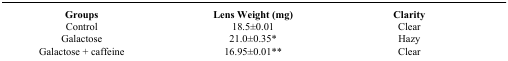
<table><thead><tr><td><b>Groups</b></td><td><b>Lens Weight (mg)</b></td><td><b>Clarity</b></td></tr></thead><tbody><tr><td>Control</td><td>18.5±0.01</td><td>Clear</td></tr><tr><td>Galactose</td><td>21.0±0.35*</td><td>Hazy</td></tr><tr><td>Galactose + caffeine</td><td>16.95±0.01**</td><td>Clear</td></tr></tbody></table>